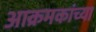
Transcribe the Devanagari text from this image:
आक्रमकांच्या